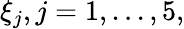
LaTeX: \xi_{j},j=1,...,5,